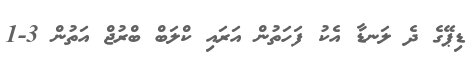
ޑިޕޭގެ ދެ ލަނޑާ އެކު ފަހަތުން އަރައި ކްލަބް ބްރުޖް އަތުން 3-1